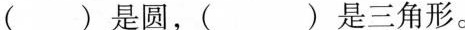
( ) 是圆，( ) 是三角形。